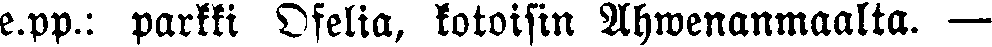
e.pp.: parkki Ofelia, kotoisin Ahwenanmaalta. —